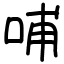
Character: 哺